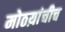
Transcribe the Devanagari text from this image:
मोठय़ांचीच